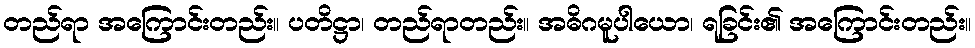
တည်ရာ အကြောင်းတည်း။ ပတိဋ္ဌာ၊ တည်ရာတည်း။ အဓိဂမူပါယော၊ ရခြင်း၏ အကြောင်းတည်း။